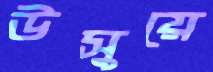
উসুয়ে